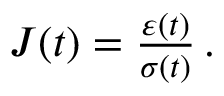
\begin{array} { r } { J ( t ) = \frac { \varepsilon ( t ) } { \sigma ( t ) } \, . } \end{array}